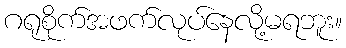
ဂရုစိုက်အဖက်လုပ်နေလို့မရဘူး။